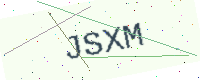
Text: JSXM